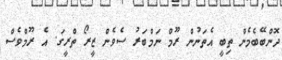
ދޮންބޭބެމެން ތިބީ އެތަނުން ރޫމް ނަމްބަރު ސެވެން ޒީރޯ ތްރީގަ. އެ ރޫމްވެސް